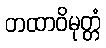
တထာဝိမုတ္တံ